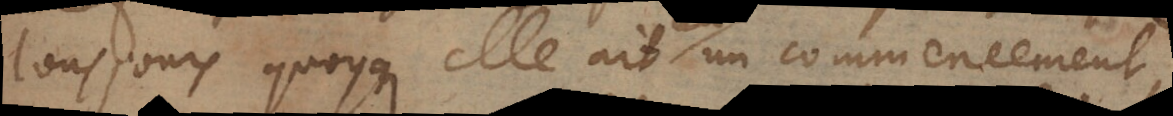
tousjours quoyqu’elle ait un commencement,